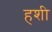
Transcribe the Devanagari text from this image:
हशी